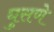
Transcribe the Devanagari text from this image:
घुसणे